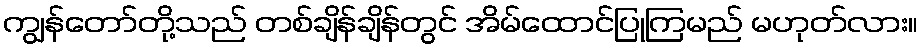
ကျွန်တော်တို့သည် တစ်ချိန်ချိန်တွင် အိမ်ထောင်ပြုကြမည် မဟုတ်လား။